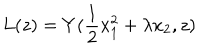
L ( z ) = Y ( \frac { 1 } { 2 } x _ { 1 } ^ { 2 } + \lambda x _ { 2 } , z )